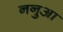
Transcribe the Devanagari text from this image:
ननुआ